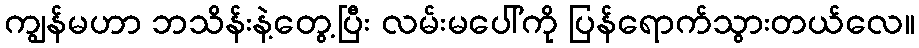
ကျွန်မဟာ ဘသိန်းနဲ့တွေ့ပြီး လမ်းမပေါ်ကို ပြန်ရောက်သွားတယ်လေ။